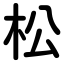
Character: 松